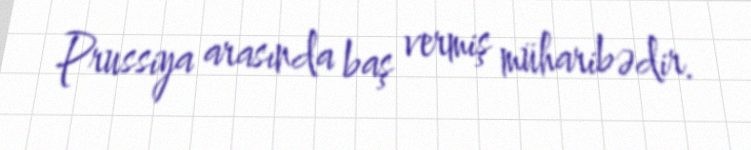
Prussiya arasında baş vermiş müharibədir.